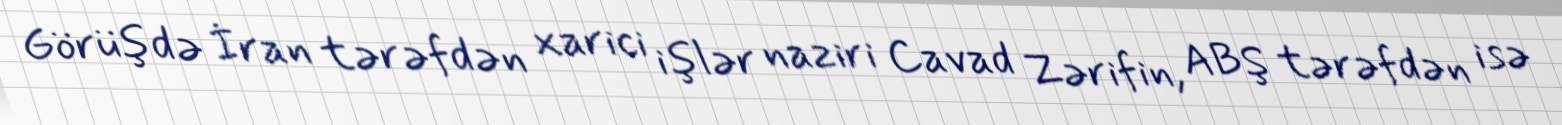
Görüşdə İran tərəfdən xarici işlər naziri Cavad Zərifin, ABŞ tərəfdən isə